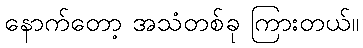
နောက်တော့ အသံတစ်ခု ကြားတယ်။